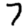
Digit: 7